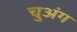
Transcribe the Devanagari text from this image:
चुअंग